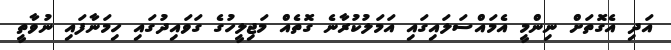
އަދި އެގޮތަށް ނިންމީ އެމައްސަލައިގައި އަމަލުކުރާނެ ގޮތެއް މަޖިލީހުގެ ގަވައިދުގައި ހިމަނާފައި ނުވާތީ